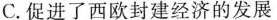
C.促进了西欧封建经济的发展